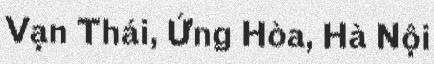
Vạn Thái, Ứng Hòa, Hà Nội